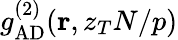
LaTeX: g_{\mathrm{AD}}^{(2)}({\mathbf r},z_{T}N/p)